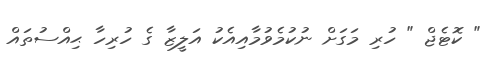
" ކޮޓެޖް " ހުރި މަގަށް ނުކުމެވުމާއިއެކު އަލީޒާ ގެ ހުރިހާ ޙިއްސުތައް